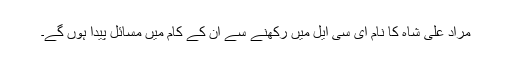
مراد علی شاہ کا نام ای سی ایل میں رکھنے سے اُن کے کام میں مسائل پیدا ہوں گے۔